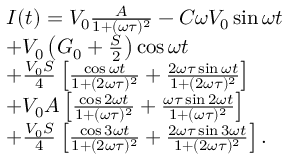
\begin{array} { r l } & { I ( t ) = V _ { 0 } \frac { A } { 1 + ( \omega \tau ) ^ { 2 } } - C \omega V _ { 0 } \sin { \omega t } } \\ & { + V _ { 0 } \left( G _ { 0 } + \frac { S } { 2 } \right) \cos { \omega t } } \\ & { + \frac { V _ { 0 } S } { 4 } \left[ \frac { \cos { \omega t } } { 1 + ( 2 \omega \tau ) ^ { 2 } } + \frac { 2 \omega \tau \sin { \omega t } } { 1 + ( 2 \omega \tau ) ^ { 2 } } \right] } \\ & { + V _ { 0 } A \left[ \frac { \cos { 2 \omega t } } { 1 + ( \omega \tau ) ^ { 2 } } + \frac { \omega \tau \sin { 2 \omega t } } { 1 + ( \omega \tau ) ^ { 2 } } \right] } \\ & { + \frac { V _ { 0 } S } { 4 } \left[ \frac { \cos { 3 \omega t } } { 1 + ( 2 \omega \tau ) ^ { 2 } } + \frac { 2 \omega \tau \sin { 3 \omega t } } { 1 + ( 2 \omega \tau ) ^ { 2 } } \right] . } \end{array}